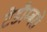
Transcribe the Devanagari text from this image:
टेडौम्बरो